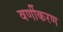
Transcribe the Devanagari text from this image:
वर्णीकरण